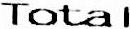
TOTAL